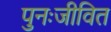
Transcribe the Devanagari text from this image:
पुनःजीवित